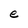
Character: e